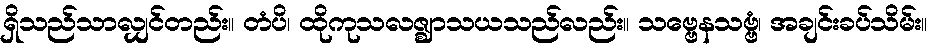
ရှိသည်သာလျှင်တည်း။ တံပိ၊ ထိုကုသလဇ္ဈာသယသည်လည်း။ သဗ္ဗေနသဗ္ဗံ၊ အချင်းခပ်သိမ်း။